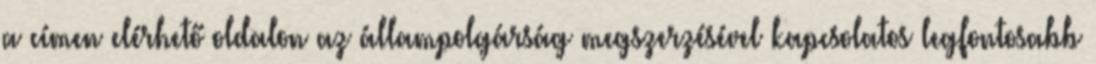
a címen elérhető oldalon az állampolgárság megszerzésével kapcsolatos legfontosabb